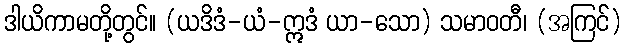
ဒါယိကာမတို့တွင်။ (ယဒိဒံ-ယံ-ဣဒံ ယာ-သော) သမာဝတီ၊ (အကြင်)